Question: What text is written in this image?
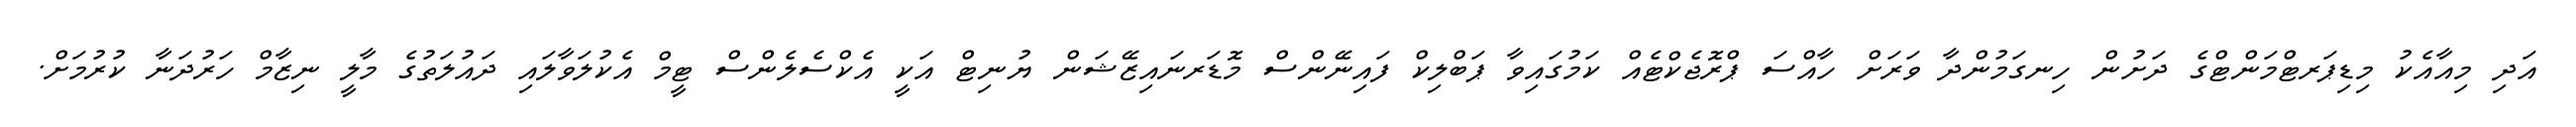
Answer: އަދި މިއާއެކު މިޑިޕަރޓްމަންޓްގެ ދަށުން ހިނގަމުންދާ ވަރަށް ހާއްސަ ޕްރޮޖެކްޓެއް ކަމުގައިވާ ޕަބްލިކް ފައިނޭންސް މޮޑަރނައިޒޭޝަން ޔުނިޓް އަކީ އެކްސެލެންސް ޓީމް އެކުލަވާލައި ދައުލަތުގެ މާލީ ނިޒާމް ހަރުދަނާ ކުރުމަށް.